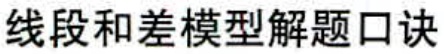
线段和差模型解题口诀